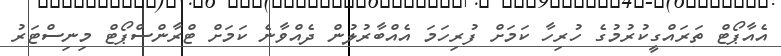
އެއާޕޯޓް ތަރައްގީކުރުމުގެ ހުރިހާ ކަމަށް ފުރިހަމަ އެއްބާރުލުން ދެއްވާނެ ކަމަށް ޓްރާންސްޕޯޓް މިނިސްޓަރު